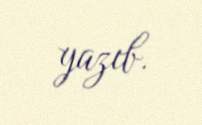
yazıb.